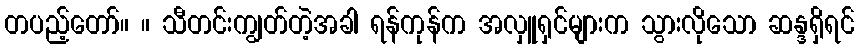
တပည့်တော်။ ။ သီတင်းကျွတ်တဲ့အခါ ရန်ကုန်က အလှူရှင်များက သွားလိုသော ဆန္ဒရှိရင်